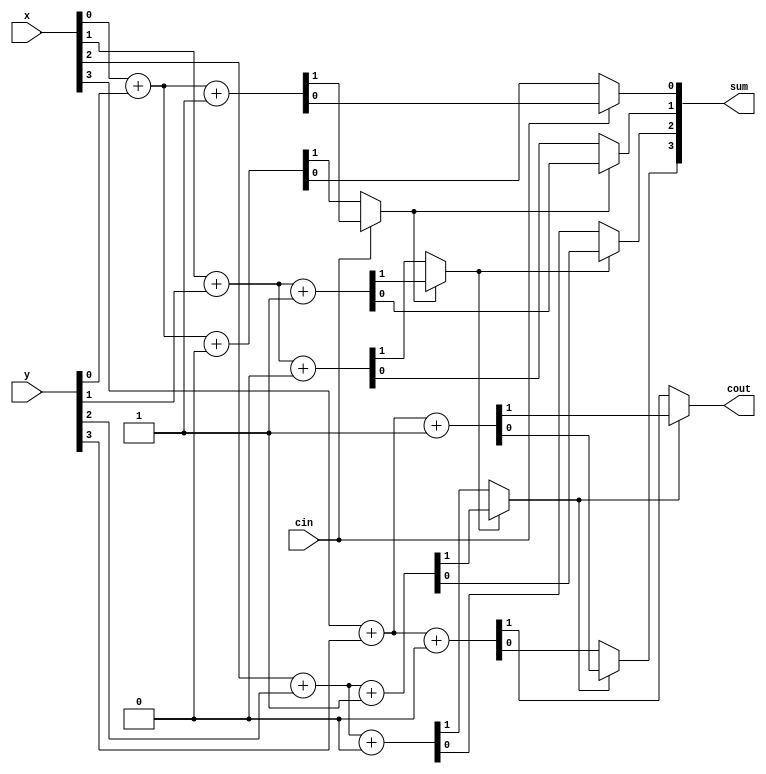
module lab (x,y,cin,sum,cout);
input [3:0]x;
input [3:0]y;
input cin;
wire[7:0]s;
wire[7:0]c;
wire[2:0]coutf;
output cout;
output[3:0]sum;
// start os assign
//first row of FA
assign {c[0],s[0]}=x[0]+y[0]+0;
assign {c[1],s[1]}=x[1]+y[1]+0;
assign {c[2],s[2]}=x[2]+y[2]+0;
assign {c[3],s[3]}=x[3]+y[3]+0;
//second row of FA
assign {c[4],s[4]}=x[0]+y[0]+1;
assign {c[5],s[5]}=x[1]+y[1]+1;
assign {c[6],s[6]}=x[2]+y[2]+1;
assign {c[7],s[7]}=x[3]+y[3]+1;
// third row to get cout
assign coutf[0]= ~cin ? c[0]:c[4] ;
assign coutf[1]= ~coutf[0] ? c[1]:c[5] ;
assign coutf[2]= ~coutf[1] ? c[2]:c[6] ;
assign cout= ~coutf[2]? c[3]:c[7] ;
//forth row to get sum
assign sum[0]=cin ?s[4] : s[0] ;
assign sum[1]=coutf[0] ?s[5] : s[1] ;
assign sum[2]=coutf[1] ?s[6] : s[2] ;
assign sum[3]=coutf[2] ?s[7] : s[3] ;
endmodule

module lab_tb();

reg [3:0]x;
reg [3:0]y;
reg cin;
wire [3:0]sum;
wire cout;
lab obj(x,y,cin,sum,cout);
initial begin

x=4'b0110; y=4'b0011;cin=1'b0;#100;
x=4'b0011; y=4'b0001;cin=1'b1;#100;
x=4'b0110; y=4'b0111;cin=1'b0;#100;

end
endmodule